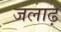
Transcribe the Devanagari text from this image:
जलाढ़